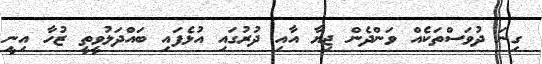
ގިނަ ދުވަސްތަކެއް ވަންދެން ޖިޔާ އާއި ދުރުގައި އުޅެފައި ބައްދަލުވީތީ ޒުހާ އިނީ